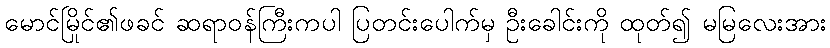
မောင်မြိုင်၏ဖခင် ဆရာဝန်ကြီးကပါ ပြတင်းပေါက်မှ ဦးခေါင်းကို ထုတ်၍ မမြလေးအား